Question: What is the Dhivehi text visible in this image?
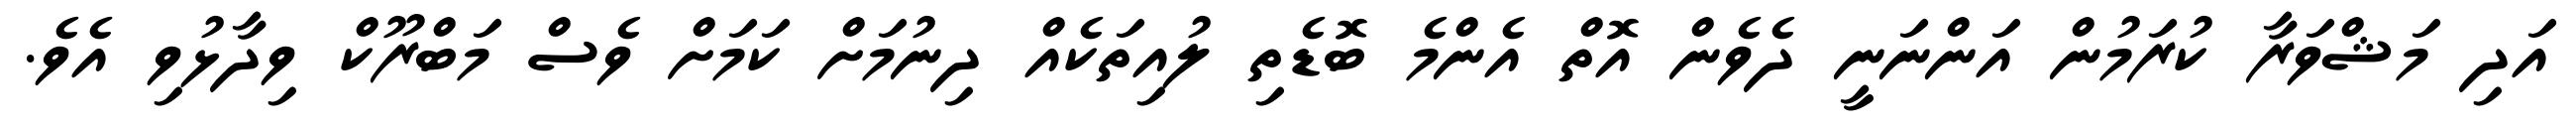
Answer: އަދި މަޝްވަރާ ކުރަމުން އަންނަނީ ދެވެން އޮތް އެންމެ ބޮޑެތި ލުއިތަކެއް ދިނުމަށް ކަމަށް ވެސް މަބްރޫކް ވިދާޅުވި އެވެ.